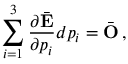
\sum _ { i = 1 } ^ { 3 } \frac { \partial \bar { \bf E } } { \partial p _ { i } } d p _ { i } = \bar { \bf O } \, ,